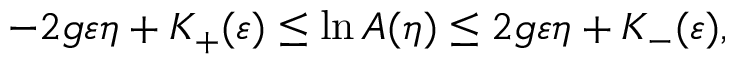
- 2 g \varepsilon \eta + K _ { + } ( \varepsilon ) \le \ln A ( \eta ) \le 2 g \varepsilon \eta + K _ { - } ( \varepsilon ) ,